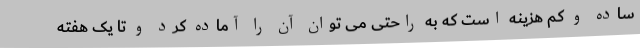
ساده و کم هزینه است که به راحتی می توان آن را آماده کرد و تا یک هفته